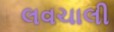
લવચાલી